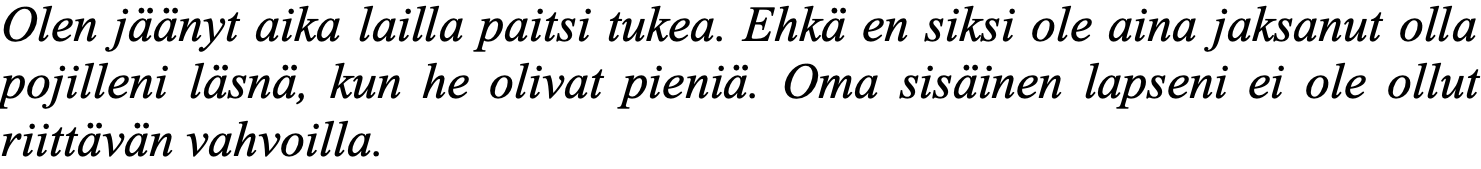
Olen jäänyt aika lailla paitsi tukea. Ehkä en siksi ole aina jaksanut olla pojilleni läsnä, kun he olivat pieniä. Oma sisäinen lapseni ei ole ollut riittävän vahvoilla.